Report on vaccination in Madras 1904-1921 - 1904-1921
Year: 1904
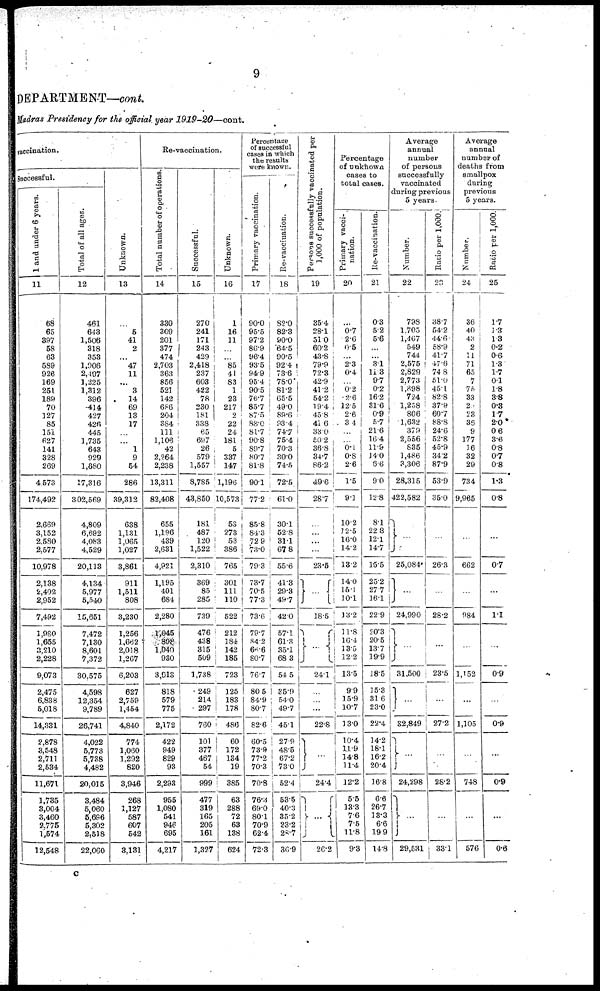
9
DEPARTMENT—cont.
Madras Presidency for the official year 1919-20—cont.
vaccination.
Successful.
1 and under 6 years.
11
68
65
397
58
63
589
926
169
251
189
70
127
85
151
627
141
328
269
4,573
174,492
2,669
3,152
2,580
2,577
10,978
2,138
2,402
2,952
7,492
1,980
1,655
3,210
2,228
9,073
2,475
6,838
5,018
14,331
2,878
3,548
2,711
2,534
11,671
1,735
3,004
3,460
2,775
1,574
12,548
Total of all ages.
12
461
643
1,506
318
353
1,906
2,497
1,225
1,312
396
414
427
426
445
1,735
643
929
1,680
17,316
302,569
4,809
6,692
4,083
4,529
20,113
4,134
5,977
5,540
15,651
7,472
7,130
8,601
7,372
30,575
4,598
12,354
9,789
26,741
4,022
5,773
5,738
4,482
20,015
3,484
5,060
5,696
5,302
2,518
22,060
Unknown.
13
...
5
41
2
...
47
11
...
3
14
69
13
17
...
...
1
9
54
286
39,312
638
1,131
1,065
1,027
3,861
911
1,511
808
3,230
1,256
1,662
2,018
1,267
6,203
627
2,759
1,454
4,840
774
1,060
1,292
820
3,946
268
1,127
587
607
542
3,131
Re-vaccination.
Total number of operations.
14
330
309
201
377
474
2,703
363
856
521
142
686
204
384
111
1,106
42
2,264
2,238
13,311
82,408
655
1,196
439
2,631
4,921
1,195
401
684
2,280
1,045
898
1,040
930
3,013
818
579
775
2,172
422
949
829
93
2,293
955
1,080
541
946
695
4,217
Successful.
15
270
241
171
243
429
2,418
237
603
422
78
230
181
338
65
697
26
579
1,557
8,785
43,850
181
487
120
1,522
2,310
369
85
285
739
476
438
315
509
1,738
249
214
297
760
101
377
467
54
999
477
319
165
205
161
1,327
Unknown.
16
1
16
11
...
...
85
41
83
1
23
217
2
22
24
181
5
337
147
1,196
10,573
53
273
53
386
765
301
111
110
522
212
184
142
185
723
125
183
178
486
60
172
134
19
385
63
288
72
63
138
624
Percentage
of successful
cases in which
the results
were known.
Primary vaccination.
17
90.0
95.5
97.2
86.9
96.4
93.5
94.9
95.4
90.5
76.7
85.7
87.5
88.0
81.7
90.8
89.7
80.7
81.8
90.1
77.2
85.8
84.3
72.9
73.0
79.3
73.7
70.5
77.3
73.6
79.7
84.2
66.6
80.7
76.7
80.5
84.9
80.7
82.6
60.5
73.9
77.2
70.3
70.8
76.3
69.0
80.1
70.9
62.4
72.3
Re- vaccination.
18
82.0
82.3
90.0
64.5
90.5
92.4
73.6
78.0
81.2
65.5
49.0
89.6
93.4
74.7
75.4
70.3
30.0
74.5
72.5
61.0
30.1
52.8
31.1
67.8
55.6
41.3
29.3
49.7
42.0
57.1
61.3
35.1
68.3
54.5
35.9
54.0
49.7
45.1
27.9
48.5
67.2
73.0
52.4
53.5
40.3
35.2
23.2
28.7
36.9
Persons successfully vaccinated per
1,000 of population.
19
35.4
28.1
51.0
60.2
43.8
79.9
72.3
42.9
41.2
54.2
19.4
45.8
41.6
33.0
50.2
36.8
34.7
86.2
49.6
28.7
...
...
...
...
23.5
...
18.5
...
24.1
...
...
...
22.8
...
24.4
...
26.2
Percentage
of unknown.
cases to
total cases.
Primary vacci-
nation.
20
...
0.7 2.6
0.5
...
2.3
0.4
...
0.2
2.6
12.5
2.6
3.4
...
...
0.1
0.8
2.6
1.5
9.1
10.2
12.5
16.0
14.2
13.2
14.0
16.1
10.1
13.2
11.8
16.4
13.5
12.2
13.5
9.9
15.9
10.7
13.0
10.4
11.9
14.8
11.4
12.2
5.5
13.3
7.6
7.5
11.8
9.3
Re-vaccination.
21
0.3
5.2
5.6
...
...
3.1
11.3
9.7
0.2
16.2
31.6
0.9
5.7
21.6
16.4
11.9
14.0
6.6
9.0
12.8
8.1
22.8
12.1
14.7
15.5
25.2
27.7
16.1
22.9
20.3
20.5
13.7
19.9
18.5
15.3
31.6
23.0
22.4
14.2
18.1
16.2
20.4
16.8
6.6
26.7
13.3
6.6
19.9
14.8
Average
annual
number
of persons
successfully
vaccinated
during previous
5 years.
Number.
22
798
1,705
1,467
549
744
2,575
2,829
2,773
1,898
724
1,258
806
1,632
379
2,566
835
1,486
3,306
28,315
422,582
...
25,084
...
24,990
...
31,500
...
32,849
...
24,298
...
29,531
Ratio per 1,000.
23
38.7
54.2
44.6
58.9
41.7
47.6
74.8
51.0
45.1
82.8
37.9
60.7
88.8
24.6
52.8
45.9
34.2
87.9
53.9
35.0
...
26.3
...
28.2
...
23.5
...
27.2
...
28.2
...
33.1
Average
annual
number of
deaths from
smallpox
during
previous
5 years.
Number.
24
36
40
43
2
11
71
65
7
75
33
20
23
36
9
177
16
32
29
734
9,965
...
662
...
984
...
1,152
...
1,105
...
748
...
576
Ratio per 1,000.
25
1.7
1.3
1.3
0.2
0.6
1.3
1.7
0.1
1.8
3.8
0.3
1.7
2.0
0.6
3.6
0.8
0.7
0.8
1.3
0.8
...
0.7
...
1.1
...
0.9
...
0.9
...
0.9
...
0.6
C